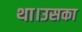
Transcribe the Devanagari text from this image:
था।उसका